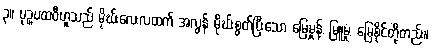
၃။ ပုဉ္ဇပထဝီဟူသည် မိုဃ်းလေးလထက် အလွန် မိုဃ်းစွတ်ပြီးသော မြေမှုန့်, မြူမှုံ, မြေစိုင်တို့တည်း။